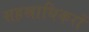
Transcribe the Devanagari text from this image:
सहस्राधिकरों